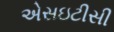
એસઇટીસી